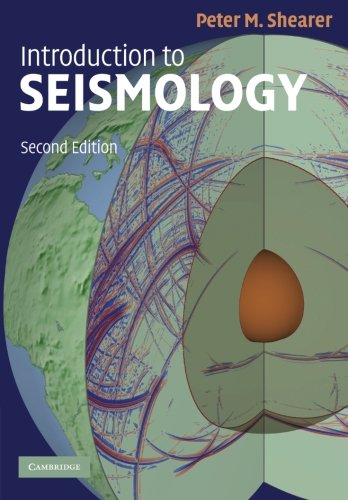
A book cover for Introduction to Seismology; Peter M. Shearer; Science & Math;